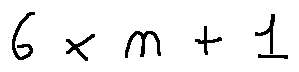
6 \times n + 1